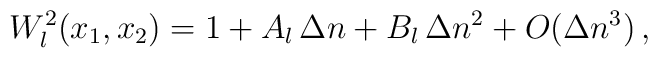
W_l^2(x_1, x_2)=1+A_l\,\Delta n+B_l\,\Delta n^2+O(\Delta n^3)\,,